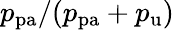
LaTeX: p_{\mathrm{pa}}/(p_{\mathrm{pa}}+p_{\mathrm{u}})